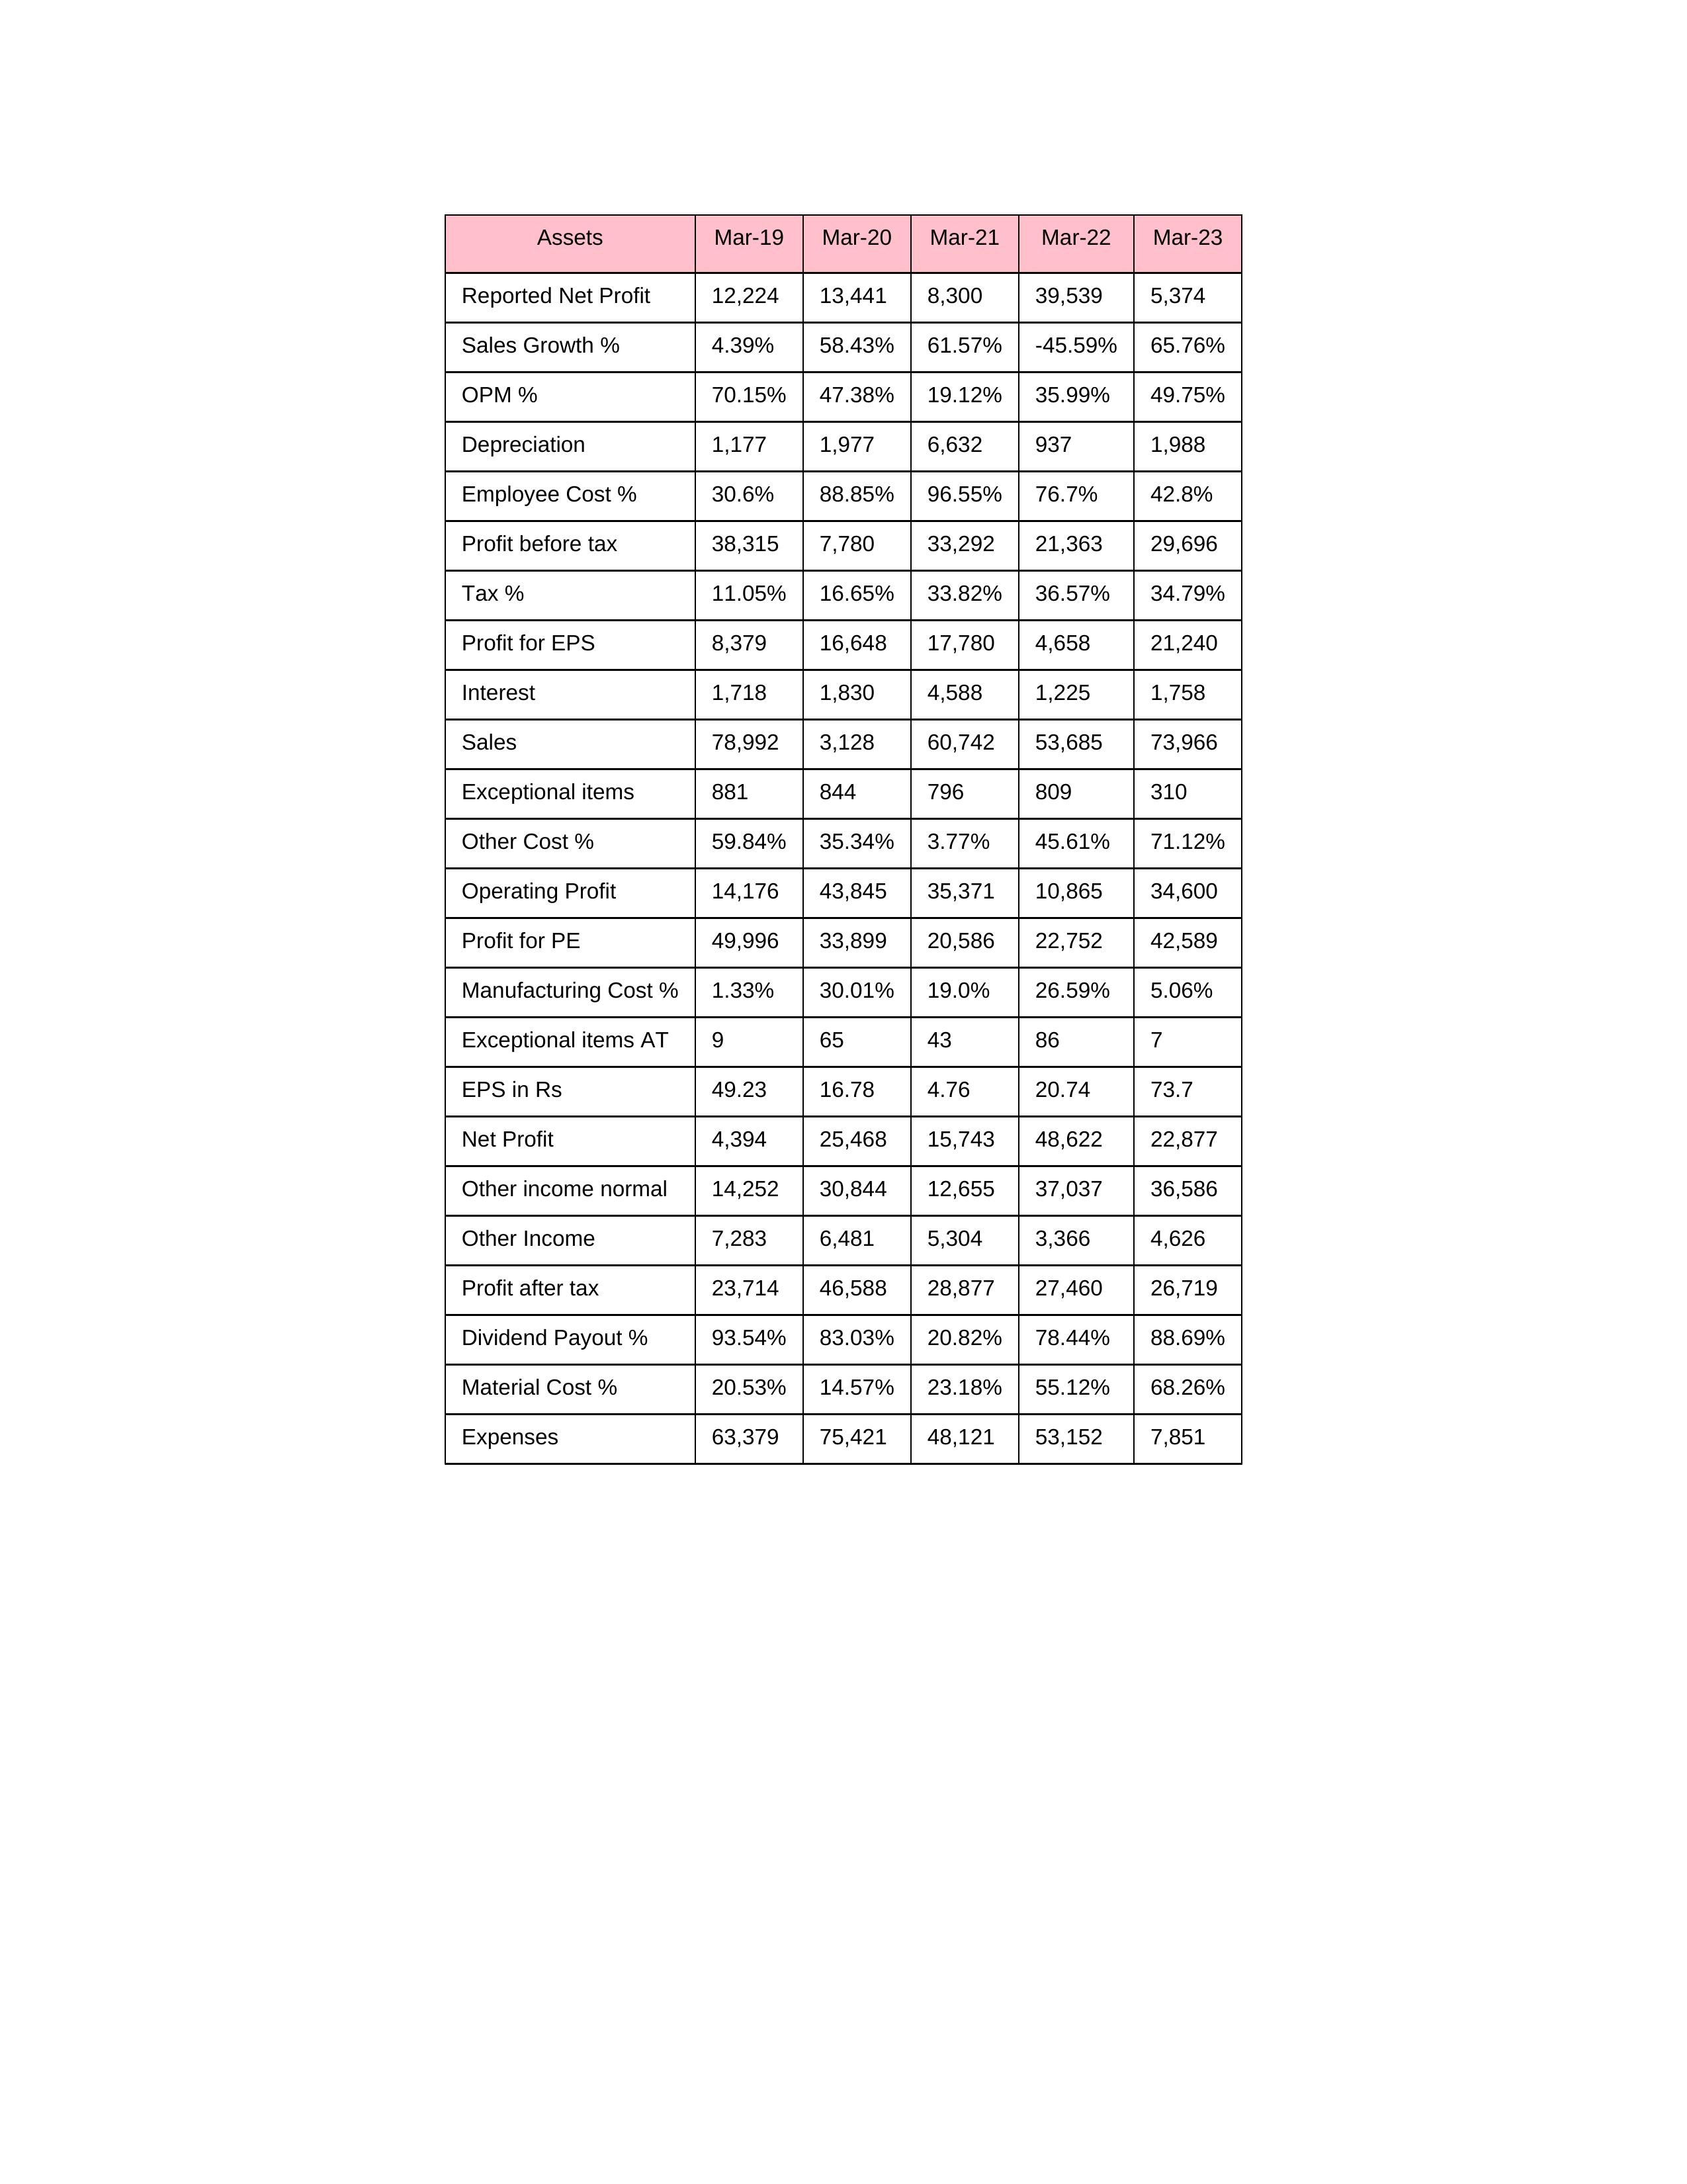
gt_parse: Mar-19: Sales: 78,992
Sales Growth %: 4.39%
Expenses: 63,379
Material Cost %: 20.53%
Manufacturing Cost %: 1.33%
Employee Cost %: 30.6%
Other Cost %: 59.84%
Operating Profit: 14,176
OPM %: 70.15%
Other Income: 7,283
Exceptional items: 881
Other income normal: 14,252
Interest: 1,718
Depreciation: 1,177
Profit before tax: 38,315
Tax %: 11.05%
Net Profit: 4,394
Profit after tax: 23,714
Reported Net Profit: 12,224
Profit for EPS: 8,379
Exceptional items AT: 9
Profit for PE: 49,996
EPS in Rs: 49.23
Dividend Payout %: 93.54%
Mar-20: Sales: 3,128
Sales Growth %: 58.43%
Expenses: 75,421
Material Cost %: 14.57%
Manufacturing Cost %: 30.01%
Employee Cost %: 88.85%
Other Cost %: 35.34%
Operating Profit: 43,845
OPM %: 47.38%
Other Income: 6,481
Exceptional items: 844
Other income normal: 30,844
Interest: 1,830
Depreciation: 1,977
Profit before tax: 7,780
Tax %: 16.65%
Net Profit: 25,468
Profit after tax: 46,588
Reported Net Profit: 13,441
Profit for EPS: 16,648
Exceptional items AT: 65
Profit for PE: 33,899
EPS in Rs: 16.78
Dividend Payout %: 83.03%
Mar-21: Sales: 60,742
Sales Growth %: 61.57%
Expenses: 48,121
Material Cost %: 23.18%
Manufacturing Cost %: 19.0%
Employee Cost %: 96.55%
Other Cost %: 3.77%
Operating Profit: 35,371
OPM %: 19.12%
Other Income: 5,304
Exceptional items: 796
Other income normal: 12,655
Interest: 4,588
Depreciation: 6,632
Profit before tax: 33,292
Tax %: 33.82%
Net Profit: 15,743
Profit after tax: 28,877
Reported Net Profit: 8,300
Profit for EPS: 17,780
Exceptional items AT: 43
Profit for PE: 20,586
EPS in Rs: 4.76
Dividend Payout %: 20.82%
Mar-22: Sales: 53,685
Sales Growth %: -45.59%
Expenses: 53,152
Material Cost %: 55.12%
Manufacturing Cost %: 26.59%
Employee Cost %: 76.7%
Other Cost %: 45.61%
Operating Profit: 10,865
OPM %: 35.99%
Other Income: 3,366
Exceptional items: 809
Other income normal: 37,037
Interest: 1,225
Depreciation: 937
Profit before tax: 21,363
Tax %: 36.57%
Net Profit: 48,622
Profit after tax: 27,460
Reported Net Profit: 39,539
Profit for EPS: 4,658
Exceptional items AT: 86
Profit for PE: 22,752
EPS in Rs: 20.74
Dividend Payout %: 78.44%
Mar-23: Sales: 73,966
Sales Growth %: 65.76%
Expenses: 7,851
Material Cost %: 68.26%
Manufacturing Cost %: 5.06%
Employee Cost %: 42.8%
Other Cost %: 71.12%
Operating Profit: 34,600
OPM %: 49.75%
Other Income: 4,626
Exceptional items: 310
Other income normal: 36,586
Interest: 1,758
Depreciation: 1,988
Profit before tax: 29,696
Tax %: 34.79%
Net Profit: 22,877
Profit after tax: 26,719
Reported Net Profit: 5,374
Profit for EPS: 21,240
Exceptional items AT: 7
Profit for PE: 42,589
EPS in Rs: 73.7
Dividend Payout %: 88.69%